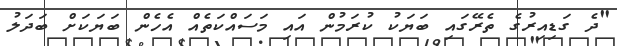
"ދެ ގަޑިއިރުގެ ތެރޭގައި ބަޔަކު ކުރަމުން އައި މަސައްކަތެއް އެހެން ބަޔަކަށް ބަދަލު